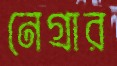
নেগ্রার